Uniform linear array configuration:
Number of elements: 12
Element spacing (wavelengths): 0.5
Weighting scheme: binomial
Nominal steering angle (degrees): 15
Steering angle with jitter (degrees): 14.104
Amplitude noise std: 0.05
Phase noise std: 0.05

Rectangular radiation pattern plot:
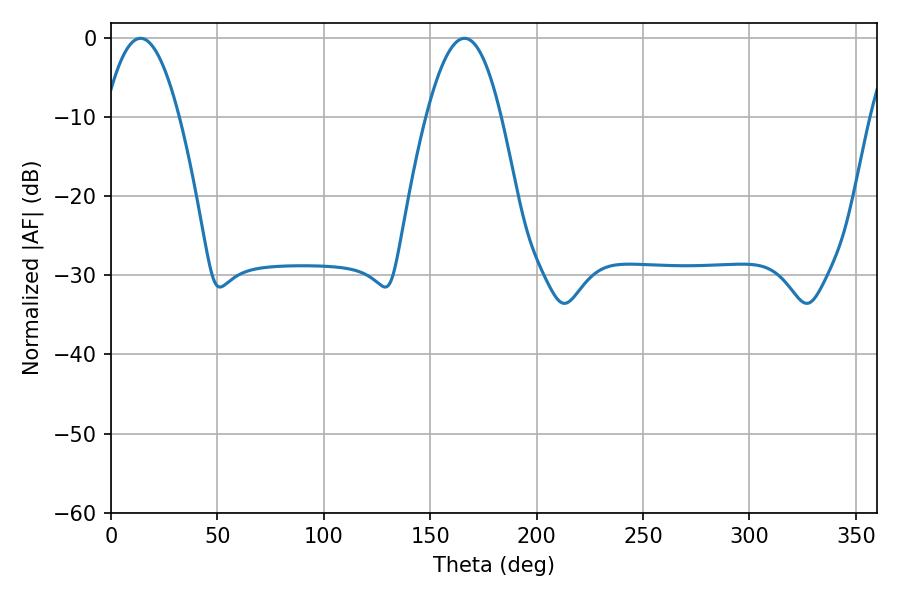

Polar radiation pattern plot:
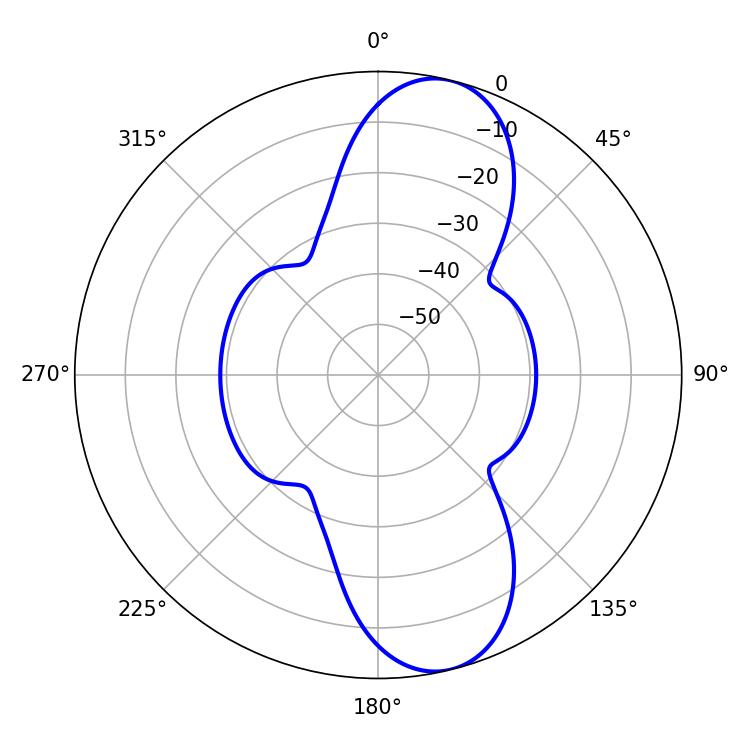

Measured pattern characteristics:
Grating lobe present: FALSE
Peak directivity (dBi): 10.598
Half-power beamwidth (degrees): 19.08
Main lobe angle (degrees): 13.86